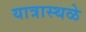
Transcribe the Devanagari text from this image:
यात्रास्थळे